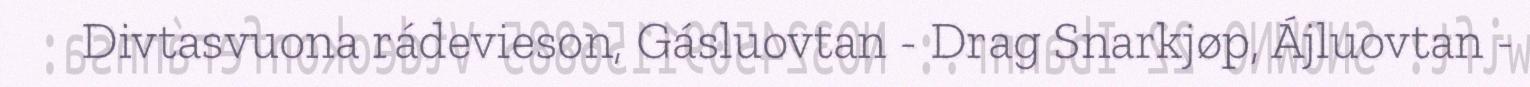
Divtasvuona rádevieson, Gásluovtan - Drag Snarkjøp, Ájluovtan -